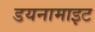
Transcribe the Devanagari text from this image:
डयनामाइट